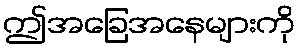
ဤအခြေအနေများကို